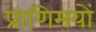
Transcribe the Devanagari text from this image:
प्राणिमयों